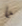
ما